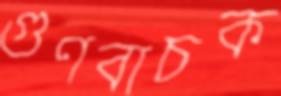
গুণবাচক